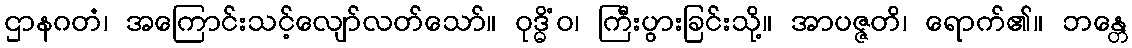
ဌာနဂတံ၊ အကြောင်းသင့်လျော်လတ်သော်။ ဝုဒ္ဓိံဝ၊ ကြီးပွားခြင်းသို့။ အာပဇ္ဇတိ၊ ရောက်၏။ ဘန္တေ